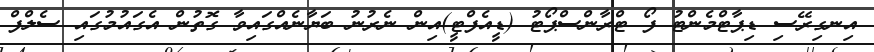
އިނގިރޭސި ޑިޕާޓްމެންޓު ފޯ ޓްރާންސްޕޯޓު (ޑީއެފްޓީ)އިން ނެރުނު ބަޔާނެއްގައިވާ ގޮތުން އެގައުމުގައި ސެލްފް